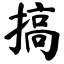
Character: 搞